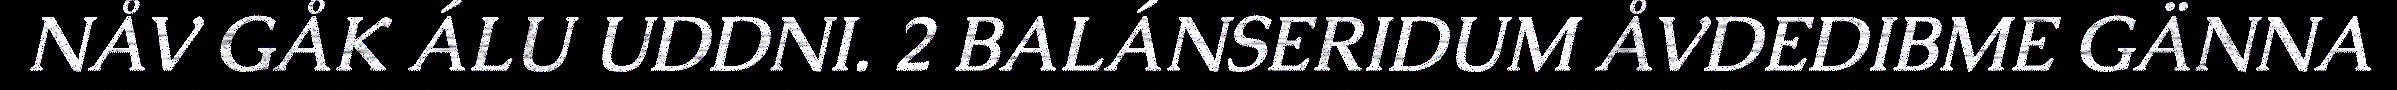
NÅV GÅK ÁLU UDDNI. 2 BALÁNSERIDUM ÅVDEDIBME GÄNNA